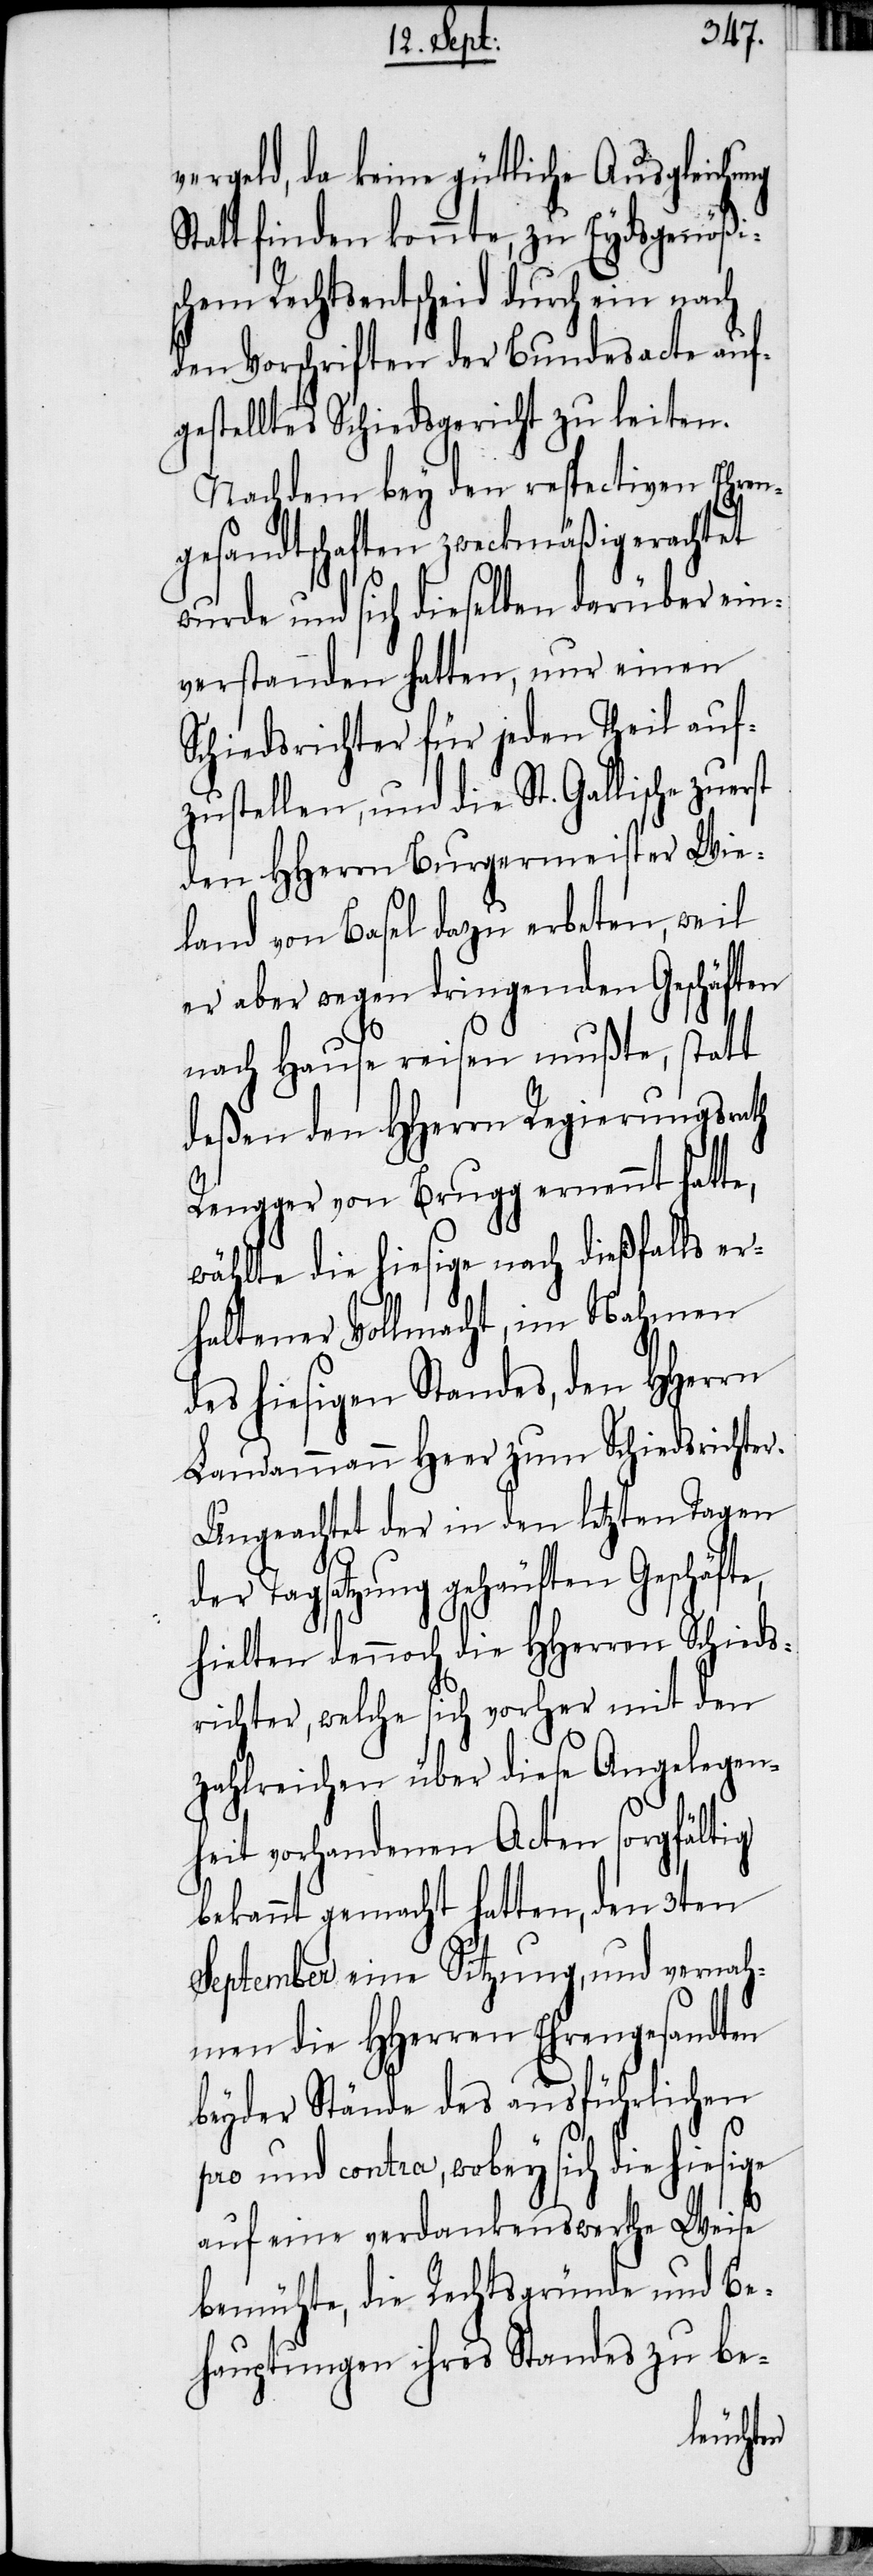
[sic!], da keine gütliche Ausgleichung
Statt finden konnte, zu Eydsgenößi¬
schem Rechtsentscheid durch ein nach
den Vorschriften der Bundesacte auf¬
gestelltes Schiedsgericht zu leiten.
Nachdem bey den respectiven Ehren¬
gesandtschaften zweckmäßig erachtet
wurde und sich dieselben darüber ein¬
verstanden hatten, nur einen
Schiedsrichter für jeden Theil auf¬
zustellen, und die St. Gallische zuer¬
den HHerrn Burgermeister Wie¬
te,
land von Basel dazu erbeten, weil
er aber wegen dringenden Geschäften
nach Hause reisen mußte, statt
deßen den HHerrn Regierungsrath
Rengger von Brugg ernennt hatte,
wählte die hiesige nach dießfalls er¬
haltener Vollmacht, im Nahmen
des hiesigen Standes, den HHerrn
Landammann Heer zum Schiedsrichter.
Ungeachtet der in den letzten Tagen
er Tagsatzung gehäuften Geschäf¬
hielten dennoch die HHerren Schieds¬
richter, welche sich vorher mit den
zahlreichen über diese Angelegen¬
heit vorhandenen Acten sorgfältig
bekannt gemacht hatten, den 3ten
September eine Sitzung, und vernah¬
men die HHerren Ehrengesandten
beyder Stände des ausführlichen
pro und contra, wobey sich die hiesige
auf eine verdankenswerthe Weise
bemühte, die Rechtsgründe und Be¬
hauptungen ihres Standes zu be-